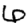
Digit: 6